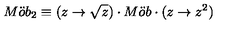
M \ddot { o } b _ { 2 } \equiv ( z \rightarrow \sqrt { z } ) \cdot M \ddot { o } b \cdot ( z \rightarrow z ^ { 2 } )